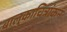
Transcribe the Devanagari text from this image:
बालुकाचित्रांकन